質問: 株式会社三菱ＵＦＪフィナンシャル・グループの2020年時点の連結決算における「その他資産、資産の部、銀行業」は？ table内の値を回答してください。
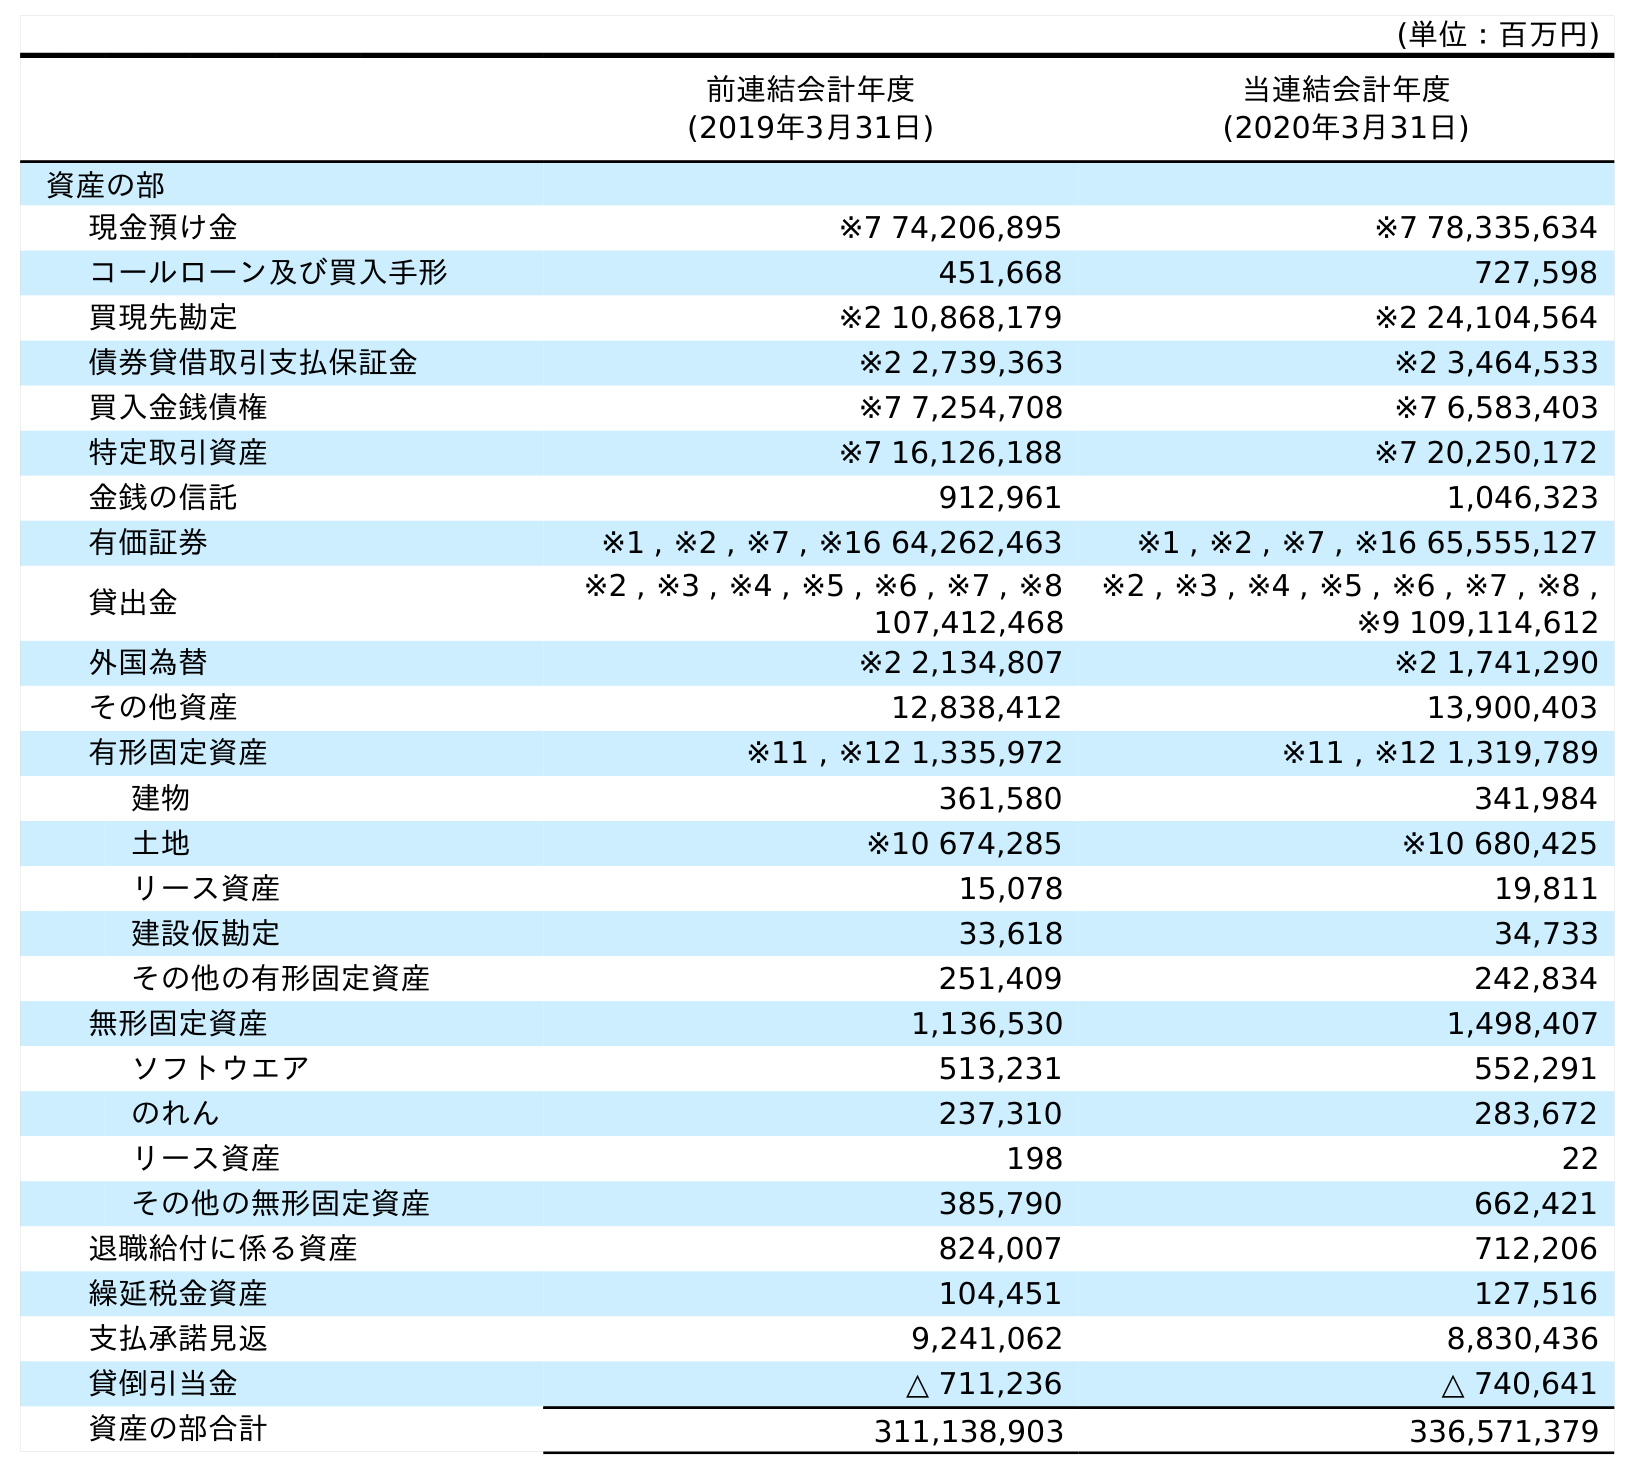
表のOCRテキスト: (単位：百万円) 前連結会計年度 (2019年3月31日) 当連結会計年度 (2020年3月31日) 資産の部 現金預け金 ※7 74,206,895 ※7 78,335,634 コールローン及び買入手形 451,668 727,598 買現先勘定 ※2 10,868,179 ※2 24,104,564 債券貸借取引支払保証金 ※2 2,739,363 ※2 3,464,533 買入金銭債権 ※7 7,254,708 ※7 6,583,403 特定取引資産 ※7 16,126,188 ※7 20,250,172 金銭の信託 912,961 1,046,323 有価証券 ※1 , ※2 , ※7 , ※16 64,262,463 ※1 , ※2 , ※7 , ※16 65,555,127 貸出金 ※2 , ※3 , ※4 , ※5 , ※6 , ※7 , ※8 107,412,468 ※2 , ※3 , ※4 , ※5 , ※6 , ※7 , ※8 , ※9 109,114,612 外国為替 ※2 2,134,807 ※2 1,741,290 その他資産 12,838,412 13,900,403 有形固定資産 ※11 , ※12 1,335,972 ※11 , ※12 1,319,789 建物 361,580 341,984 土地 ※10 674,285 ※10 680,425 リース資産 15,078 19,811 建設仮勘定 33,618 34,733 その他の有形固定資産 251,409 242,834 無形固定資産 1,136,530 1,498,407 ソフトウエア 513,231 552,291 のれん 237,310 283,672 リース資産 198 22 その他の無形固定資産 385,790 662,421 退職給付に係る資産 824,007 712,206 繰延税金資産 104,451 127,516 支払承諾見返 9,241,062 8,830,436 貸倒引当金 △ 711,236 △ 740,641 資産の部合計 311,138,903 336,571,379
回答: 13,900,403